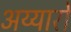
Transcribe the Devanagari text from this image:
अय्यारों